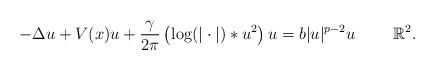
\begin{align*}-\Delta u + V(x)u + \frac{\gamma}{2\pi} \left(\log(|\cdot|) \ast u^2 \right)u = b |u|^{p-2}u \qquad\ \mathbb{R}^2.\end{align*}